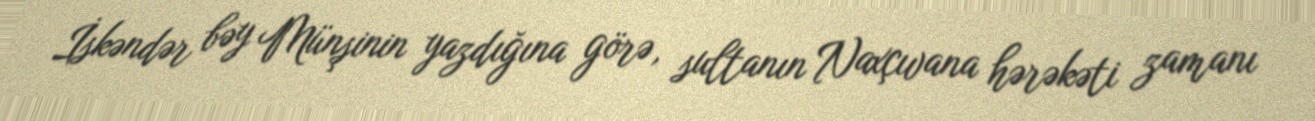
İskəndər bəy Münşinin yazdığına görə, sultanın Naxçıvana hərəkəti zamanı